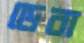
ডেবা